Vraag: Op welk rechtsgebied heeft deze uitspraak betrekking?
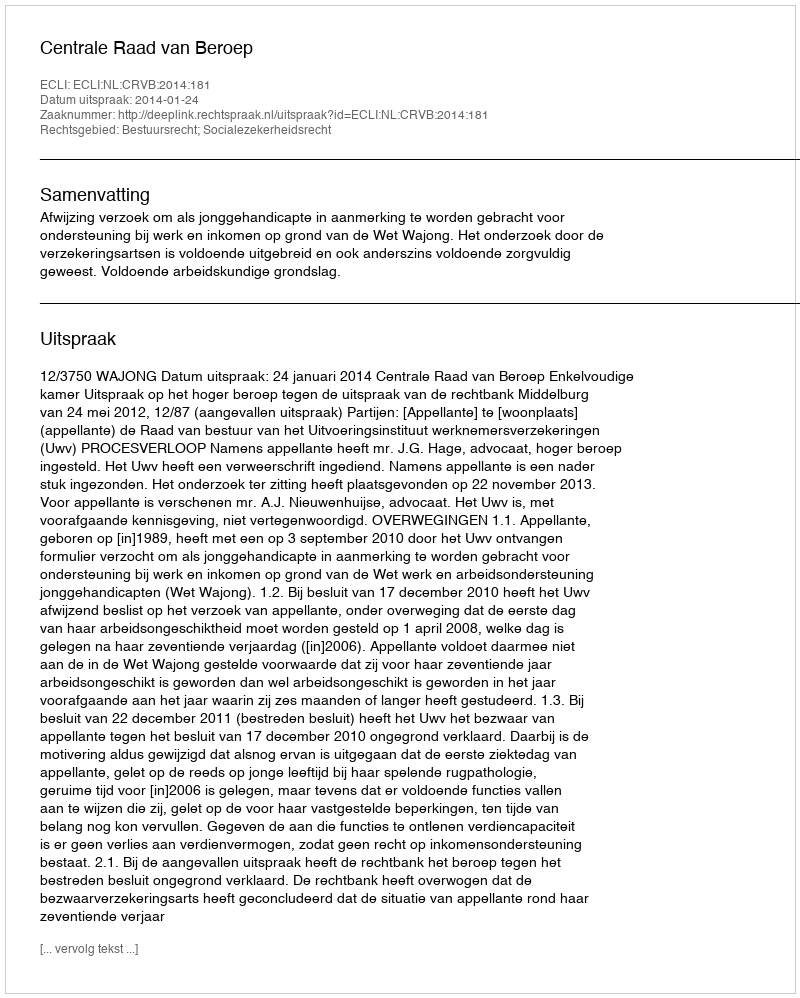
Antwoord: Bestuursrecht; Socialezekerheidsrecht